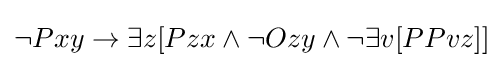
\lnot Pxy\rightarrow \exists z[Pzx\land \lnot Ozy\land \lnot \exists v[PPvz]]